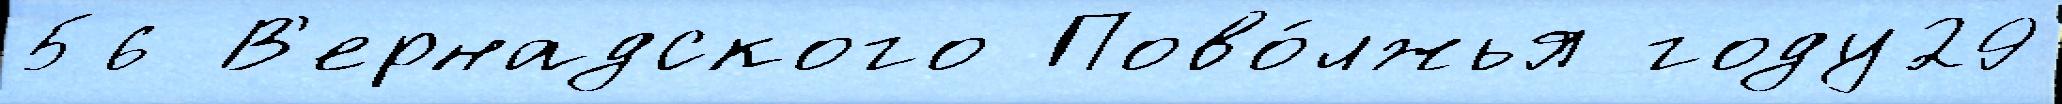
56 В'ернадского Пово́лжья году29